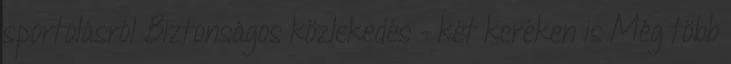
sportolásról Biztonságos közlekedés - két keréken is Még több